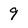
Character: 9